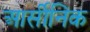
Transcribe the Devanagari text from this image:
आर्सीनिक